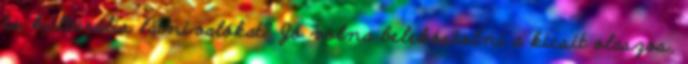
és kulturális látnivalókat? Jó volna belekóstolni a kicsit olaszos,